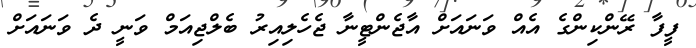
ފީފާ ރޭންކިންގެ އެއް ވަނައަށް އާޖެންޓީނާ ޖެހެލިއިރު ބެލްޖިއަމް ވަނީ ދެ ވަނައަށް